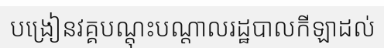
បង្រៀនវគ្គបណ្តុះបណ្តាលរដ្ឋបាលកីឡាដល់